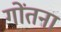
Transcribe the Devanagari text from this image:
गोंतना